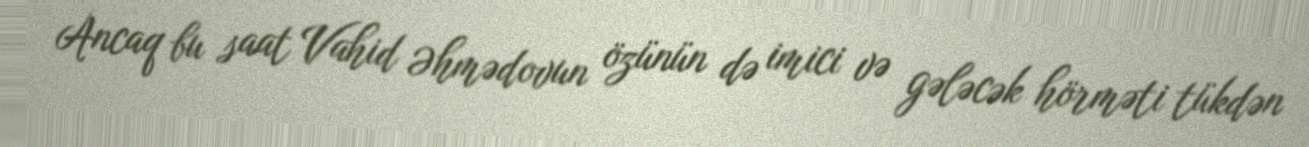
Ancaq bu saat Vahid Əhmədovun özünün də imici və gələcək hörməti tükdən